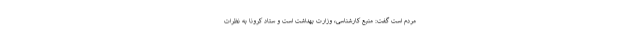
مردم است گفت: منبع کارشناسی، وزارت بهداشت است و ستاد کرونا به نظرات